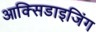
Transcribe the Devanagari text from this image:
आक्सिडाइजिंग